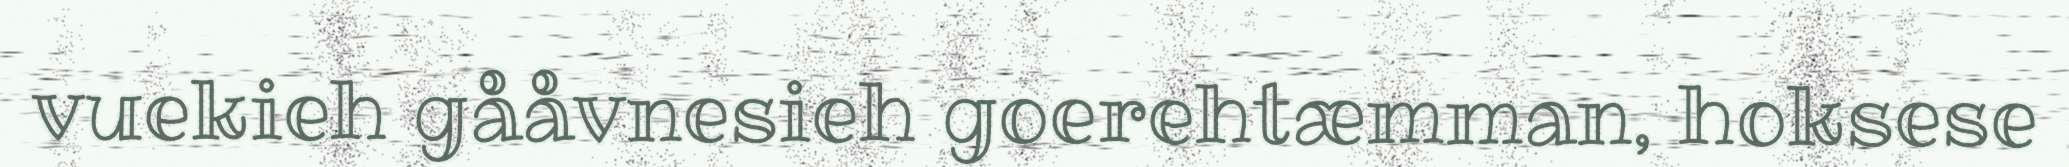
vuekieh gååvnesieh goerehtæmman, hoksese